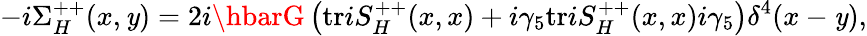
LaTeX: -i\Sigma_{H}^{++}(x,\mathit{y})=2i\hbarG\left(\mathrm{{tr}}iS_{H}^{++}(x,x)+i\gamma_{5}\mathrm{{tr}}iS_{H}^{++}(x,x)i\gamma_{5}\right)\delta^{4}(x-\mathit{y}),